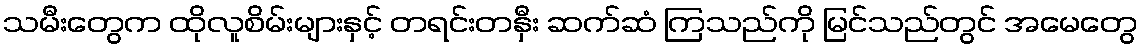
သမီးတွေက ထိုလူစိမ်းများနှင့် တရင်းတနှီး ဆက်ဆံ ကြသည်ကို မြင်သည်တွင် အမေတွေ